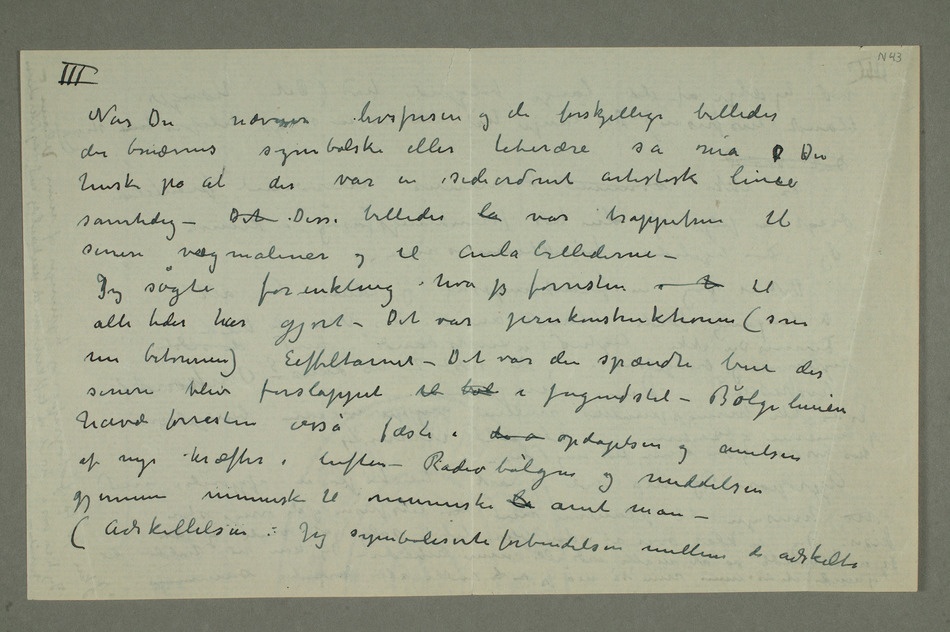
Når Du nævner livsfrisen og de forskjellige billeder
der benævnes symbolske eller literære så må D Du
huske på at der var en sideordnet artistisk linie
samtidig – Det Disse billeder la var trappetrin til
senere vægmalerier og til Aula billederne –
Jeg søgte forenkling – hva jeg forresten i h til
alle tider har gjort – Det var jernkonstruktionen (som
nu betonnen) Eiffeltårnet – Det var den spændte bue der
senere blev forslappet til bøl i Jugendstil – Bølgelinien
havde forresten osså fæste i de o opdagelsen og anelsen
af nye kræfter i luften – Radiobølgene og meddelelsen
gjennem menneske til menneske lå anet man –
(Adskillelsen: Jeg symboliserte forbindelsen mellem de adskilte